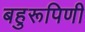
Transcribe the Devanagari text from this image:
बहुरूपिणी